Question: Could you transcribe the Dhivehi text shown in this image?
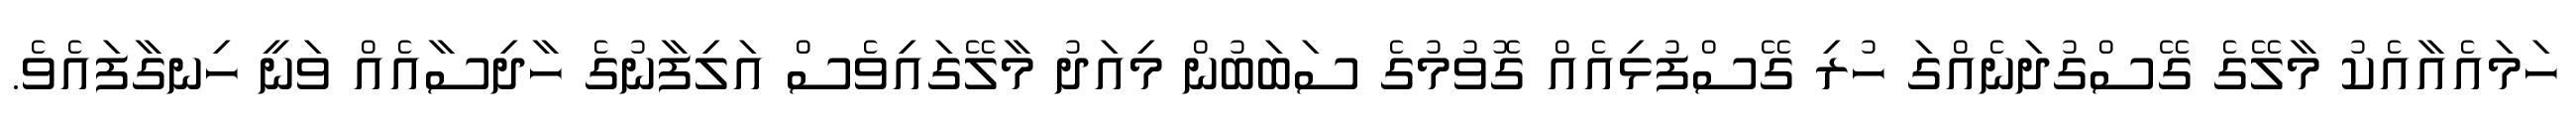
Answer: ހަމައެއާއެކު މާލޭގެ ގޭސްގުދަނެއްގަ ހުރި ގޭސްފުޅިއެއް ގޮވުމުގެ ސަބަބުން މިއަދު މާލޭގައިވެސް އަލިފާނުގެ ހާދިސާއެއް ވަނީ ހިނގާފައެވެ.